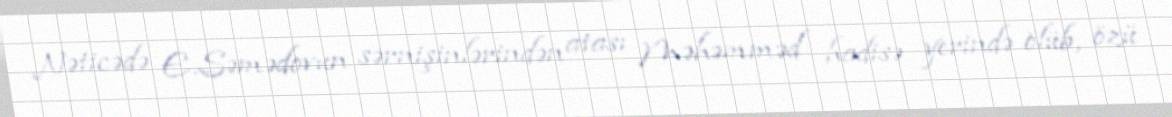
Nəticədə E.Səmədovun sərnişinlərindən atası Məhəmməd hadisə yerində ölüb, özü